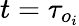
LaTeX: t=\tau_{o_{i}}